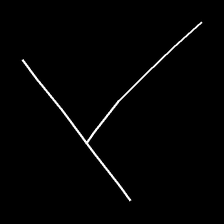
Glyph: column